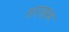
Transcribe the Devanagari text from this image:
सरखरू